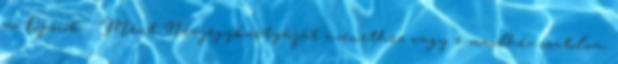
az Opciók → Ment Névjegykártyáját üzenethez vagy e-mailhez csatolva,